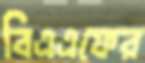
বিএএফের